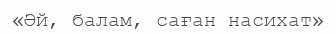
«Әй, балам, саған насихат»